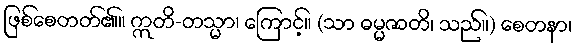
ဖြစ်စေတတ်၏။ ဣတိ-တသ္မာ၊ ကြောင့်။ (သာ ဓမ္မဇာတိ၊ သည်။) စေတနာ၊